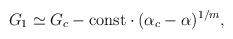
\begin{align*} G_1\simeq G_c- {\rm const}\cdot(\alpha_c-\alpha)^{1/m},\end{align*}